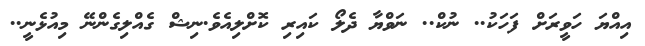
އިއްޔަ ހަވީރަށް ފަހަކު.. ނުކް.. ނަވްޔާ ދެލޯ ކައިރި ކޮށްލިއެވެ.ނިޝް ގެއްލިގެންނޭ މިއުޅެނީ..